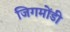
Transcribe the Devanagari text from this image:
जिगमोंडी